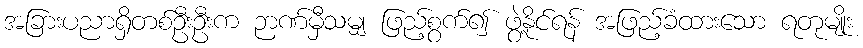
အခြားပညာရှိတစ်ဦးဦးက ဉာဏ်မှီသမျှ ဖြည့်စွက်၍ ဖွဲ့နိုင်ရန် အဖြည့်ခံထားသော ရတုမျိုး